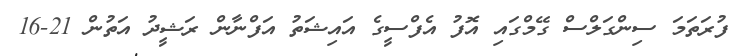
ފުރަތަމަ ސިންގަލްސް ގޭމްގައި އޮފު އެފްސީގެ އައިޝަތު އަފްނާން ރަޝީދު އަތުން 21-16